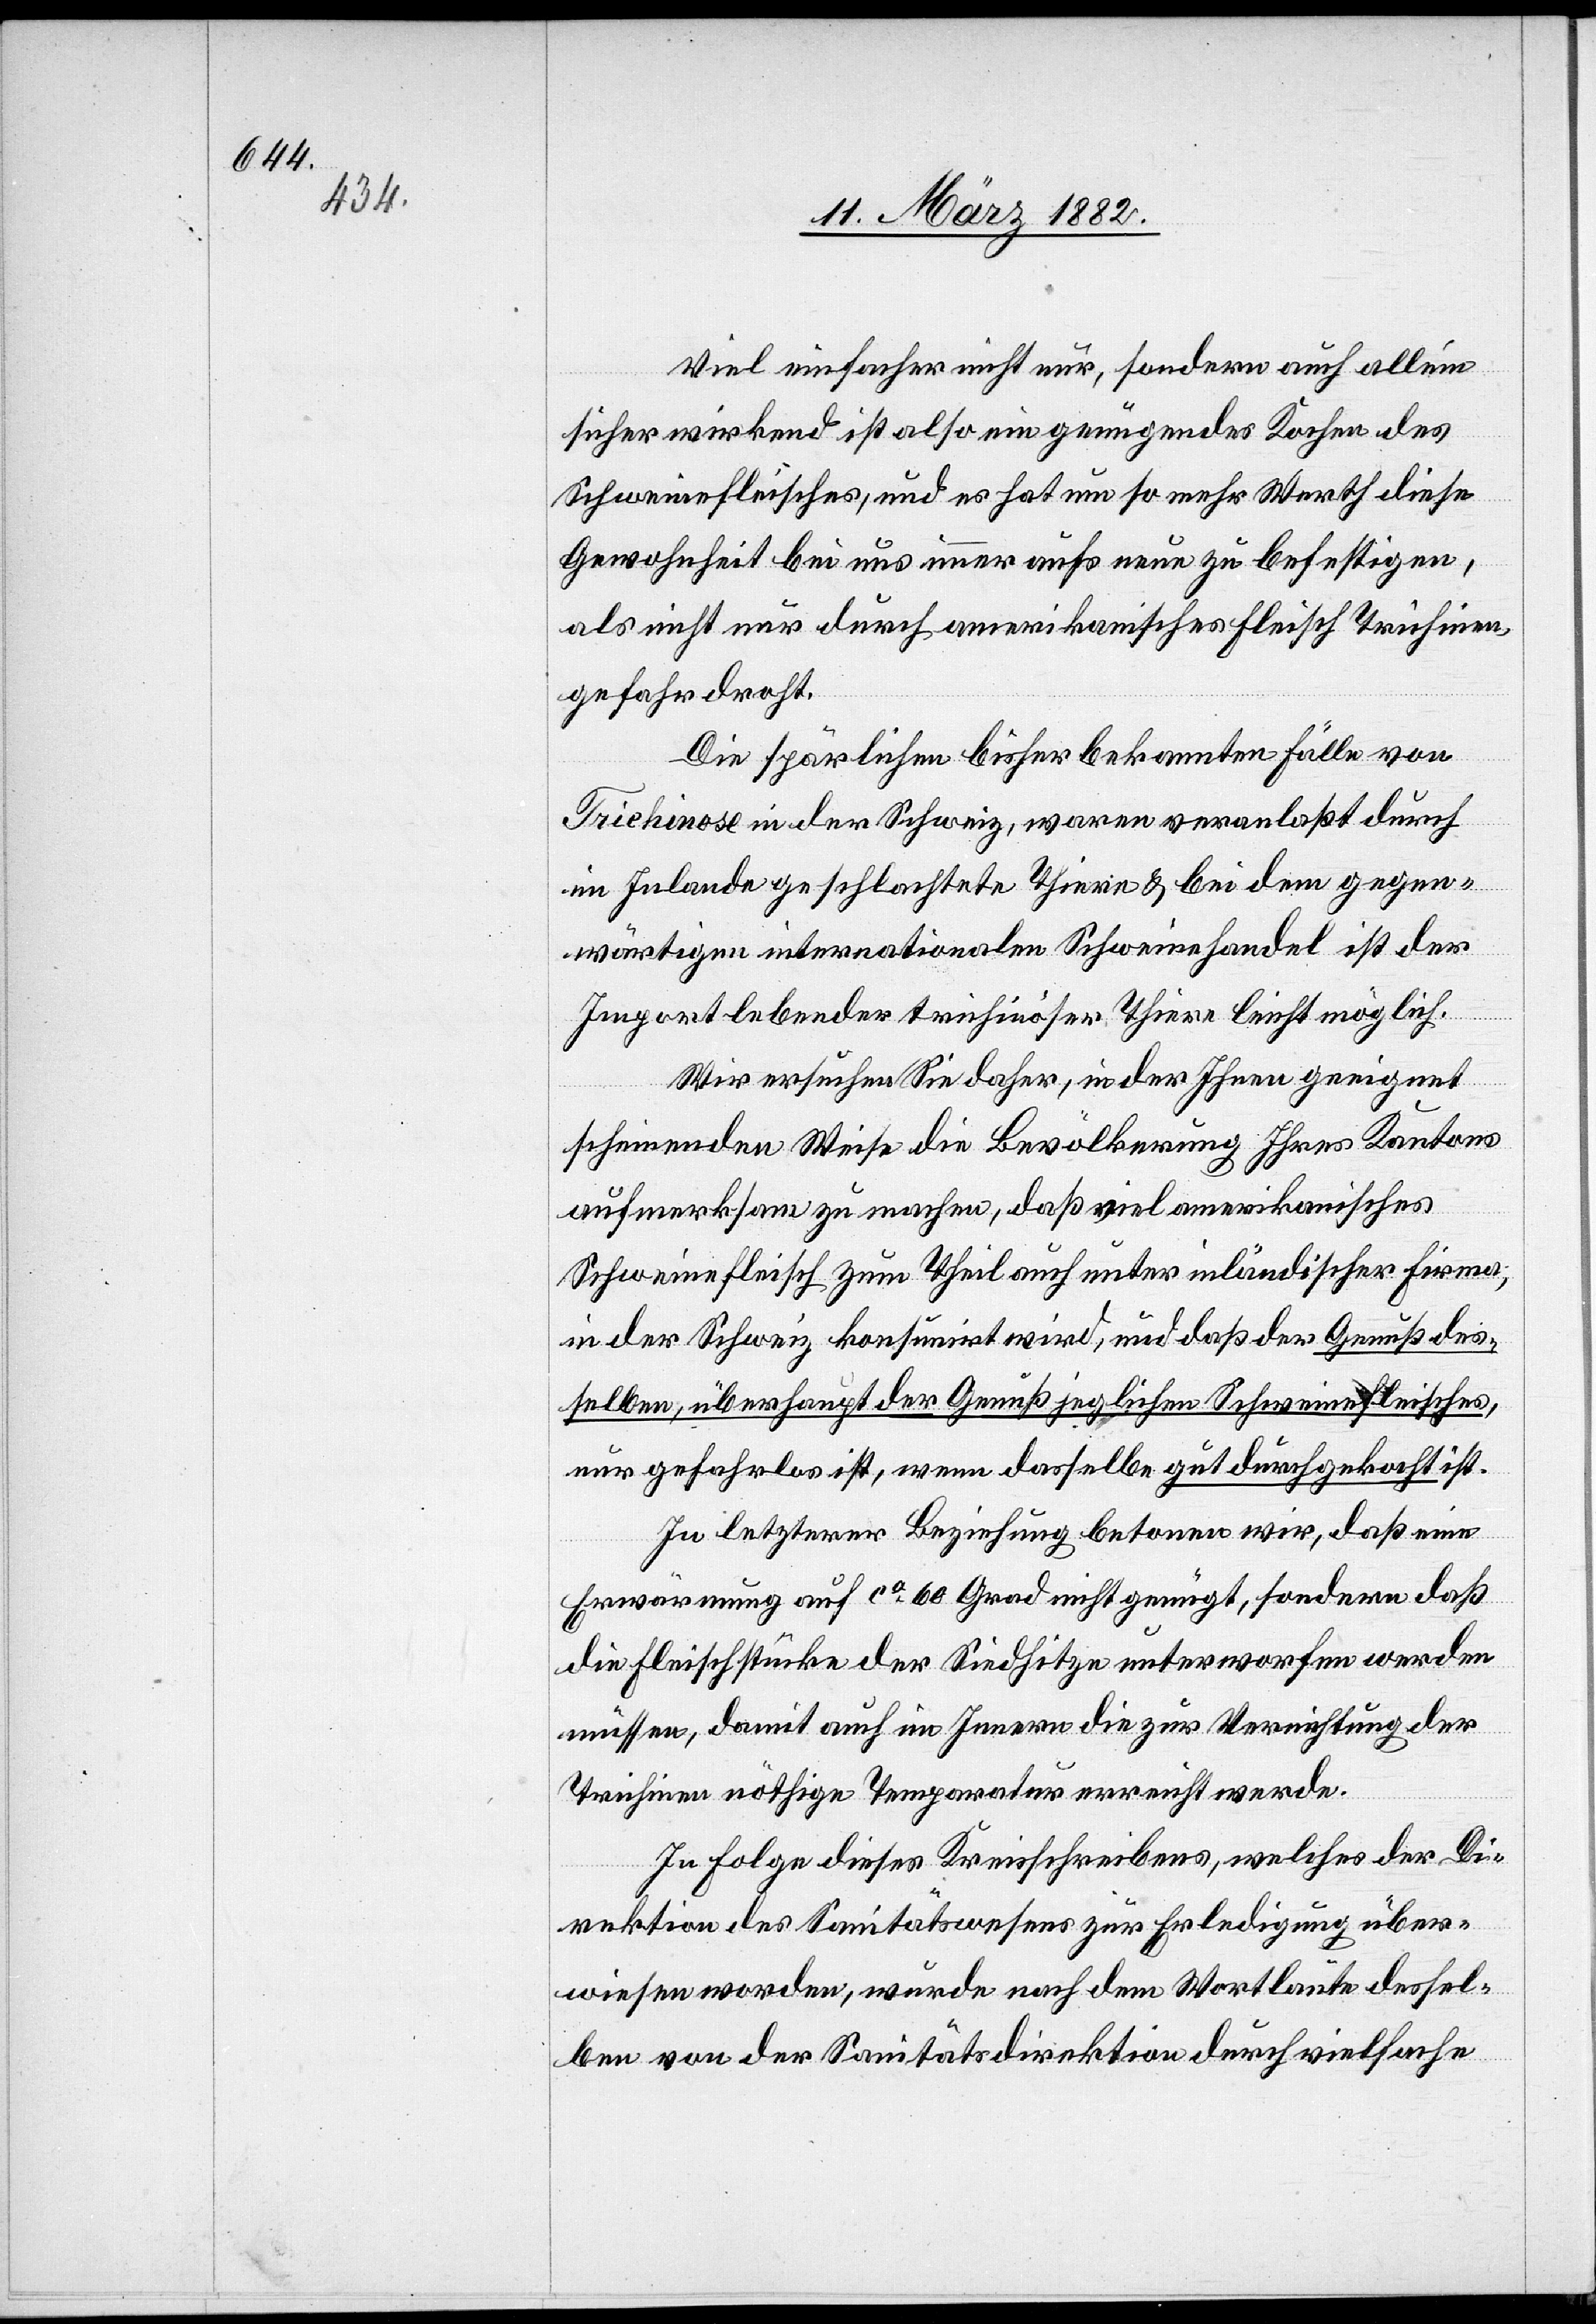
Viel einfacher nicht nur, sondern auch allein
sicher wirkend ist also ein genügendes Kochen des
Schweinefleisches, und es hat nun so mehr Werth diese
Gewohnheit bei uns immer aufs neue zu befestigen,
als nicht nur durch amerikanisches Fleisch Trichinen¬
gefahr droht.
Die spärlichen bisher bekannten Fälle von
Trichinose in der Schweiz, waren veranlaßt durch
im Inlande geschlachtete Thiere & bei dem gegen¬
wärtigen internationalen Schweinehandel ist der
Import lebender trichinöser Thiere leicht möglich.
Wir ersuchen Sie daher, in der Ihnen geeignet
scheinenden Weise die Bevölkerung Ihres Kantons
aufmerksam zu machen, daß viel amerikanisches
Schweinefleisch zum Theil auch unter inländischer Firma;
in der Schweiz konsumirt wird, und daß der Genuß des¬
selben, überhaupt der Genuß jeglichen Schweinefleisches,
nur gefahrlos ist, wenn dasselbe gut durchgekocht ist.
In letzterer Beziehung betonen wir, daß eine
Erwärmung auf ca 60 Grad nicht genügt, sondern daß
die Fleischstücke der Siedhitze unterworfen werden
müssen, damit auch im Innern die zur Vernichtung der
Trichinen nöthige Temperatur erreicht werde.
In Folge dieses Kreisschreibens, welches der Di¬
rektion des Sanitätswesens zur Erledigung über¬
wiesen worden, würde nach dem Wortlaute dessel¬
ben von der Sanitätsdirektion durch vielfache